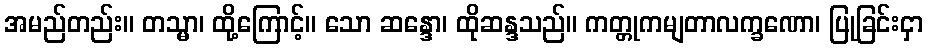
အမည်တည်း။ တသ္မာ၊ ထို့ကြောင့်။ သော ဆန္ဒော၊ ထိုဆန္ဒသည်။ ကတ္တုကမျတာလက္ခဏော၊ ပြုခြင်းငှာ